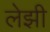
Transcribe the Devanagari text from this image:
लेझी